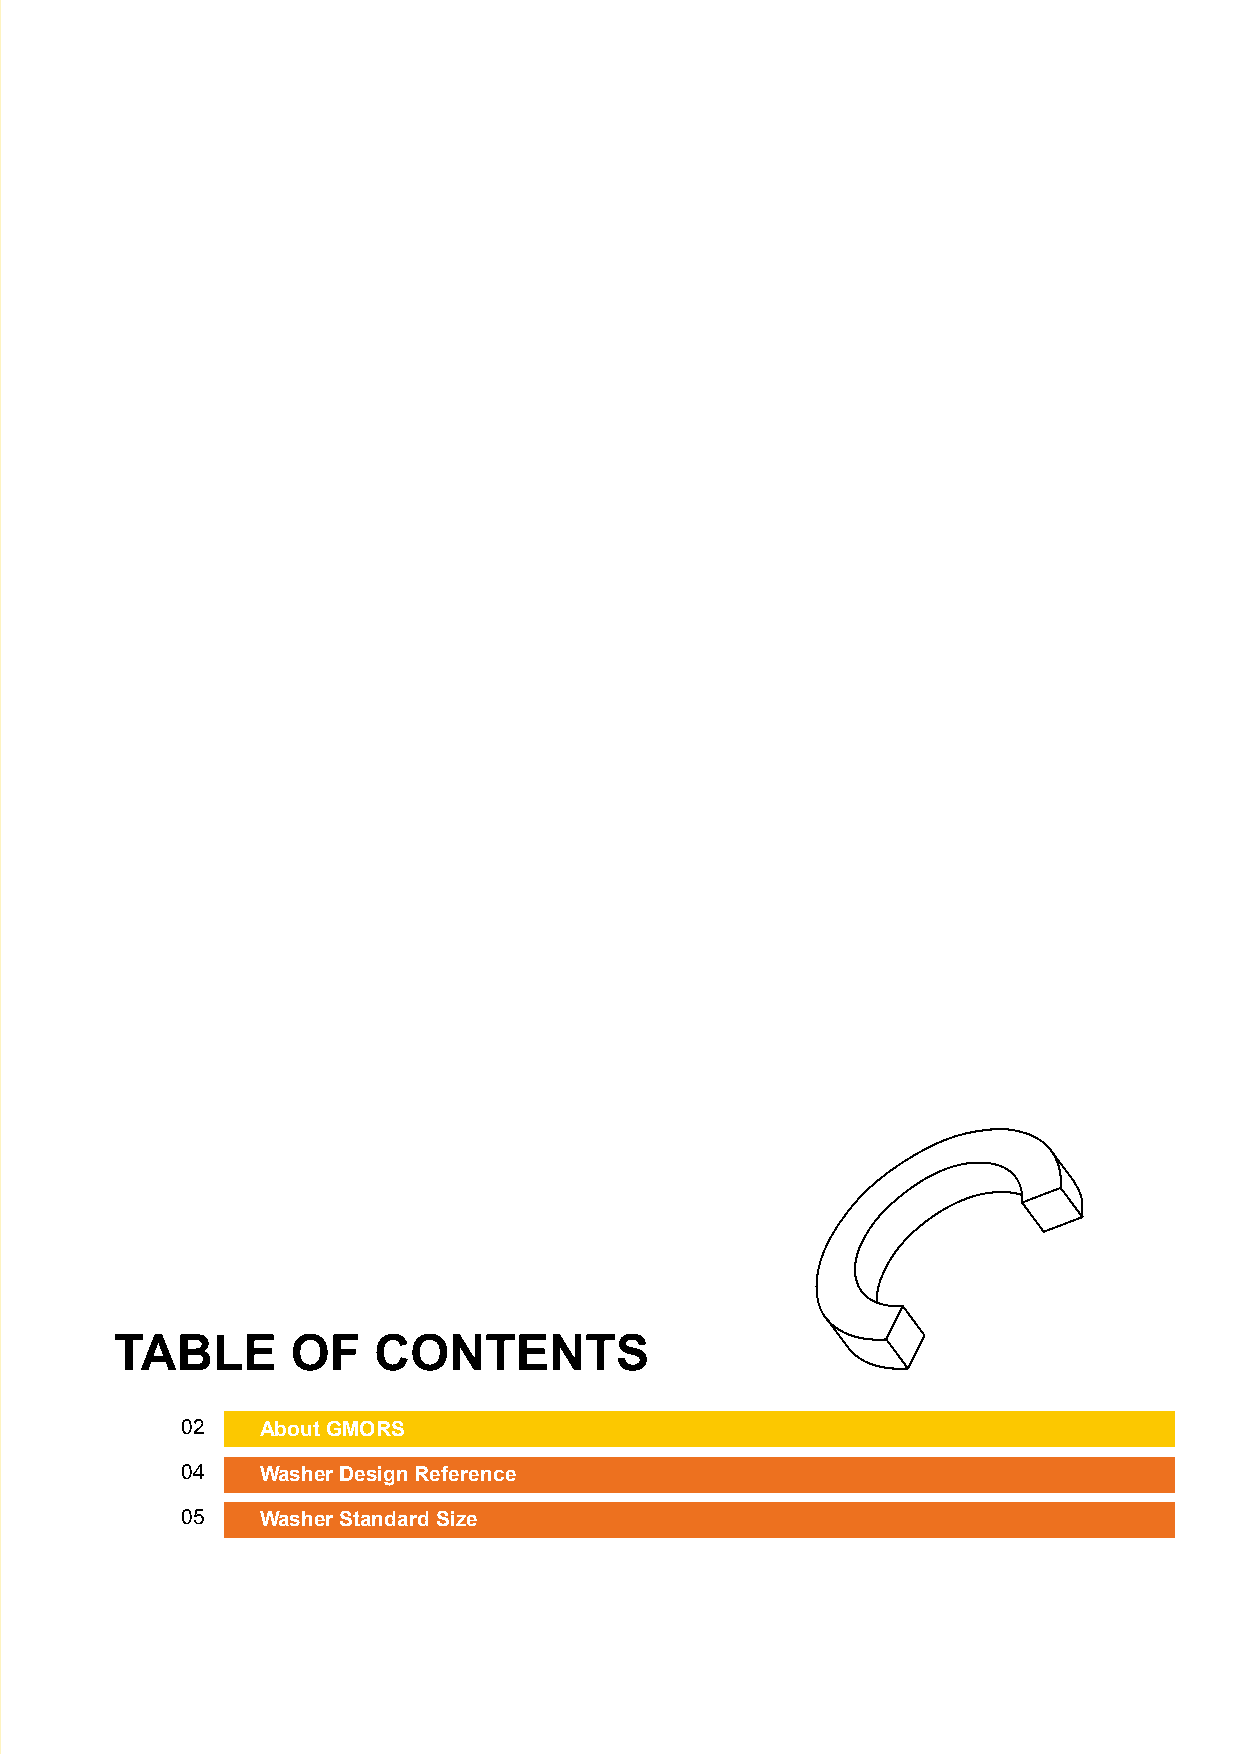
GMORS Offer EDI Services
 Electronic Data Interchange
 O-Ring   Master                         Material   Master
 GMORS O-Ring Master is the completed tool for GMORS Material Master give you the materials
 In November 2019, GMORS established a B2B Electronic Data
 standard rubber seal sizes.             recommendation for your O-Ring application,
 Interchange (EDI) platform in support of customer electronic
 When you use this APP, you don't need to have based on the working temperature and medium of
 data exchange. This will save transaction
 internet and catalog.                   working environment. We provide thousand kinds
 processing time for both parties and enable exchange pro-
 Except O-Ring sizes, it also includes the search of environment condition for compatibility
 cess verification and data security.
 functions of X-Ring and Back-Up Ring.   evaluation. In addition, GMORS provide certified
 Otherwise, you can also use O-Ring Housing to rubber compounds for various international
 We welcome customers who are interested in our EDI servic-
 choose suitable O-Ring in your application. standards, such as NSF61, WRAS, ACS, KTW,
 es to contact our customer support representatives.
 W-270, Din EN549, UL157, API 6A, NORSOK M-710,
 TOTAL EP PVV 142 and NACE TM0297.
 Please email us for further information.
 Android                                                           Android
 TABLE      OF    CONTENTS
 02   About GMORS
 04   Washer Design Reference
 05   Washer Standard Size
 iOS                                                               iOS